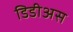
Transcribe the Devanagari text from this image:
डिडीअस